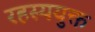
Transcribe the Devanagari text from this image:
रहस्‍ययुक्त